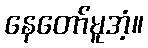
နေတော်မူအံ့။